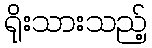
ရိုးသားသည့်